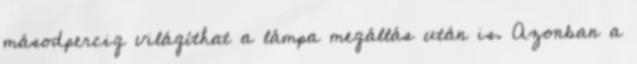
másodpercig világíthat a lámpa megállás után is. Azonban a